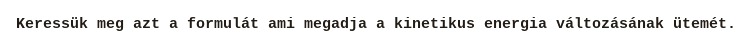
Keressük meg azt a formulát ami megadja a kinetikus energia változásának ütemét.